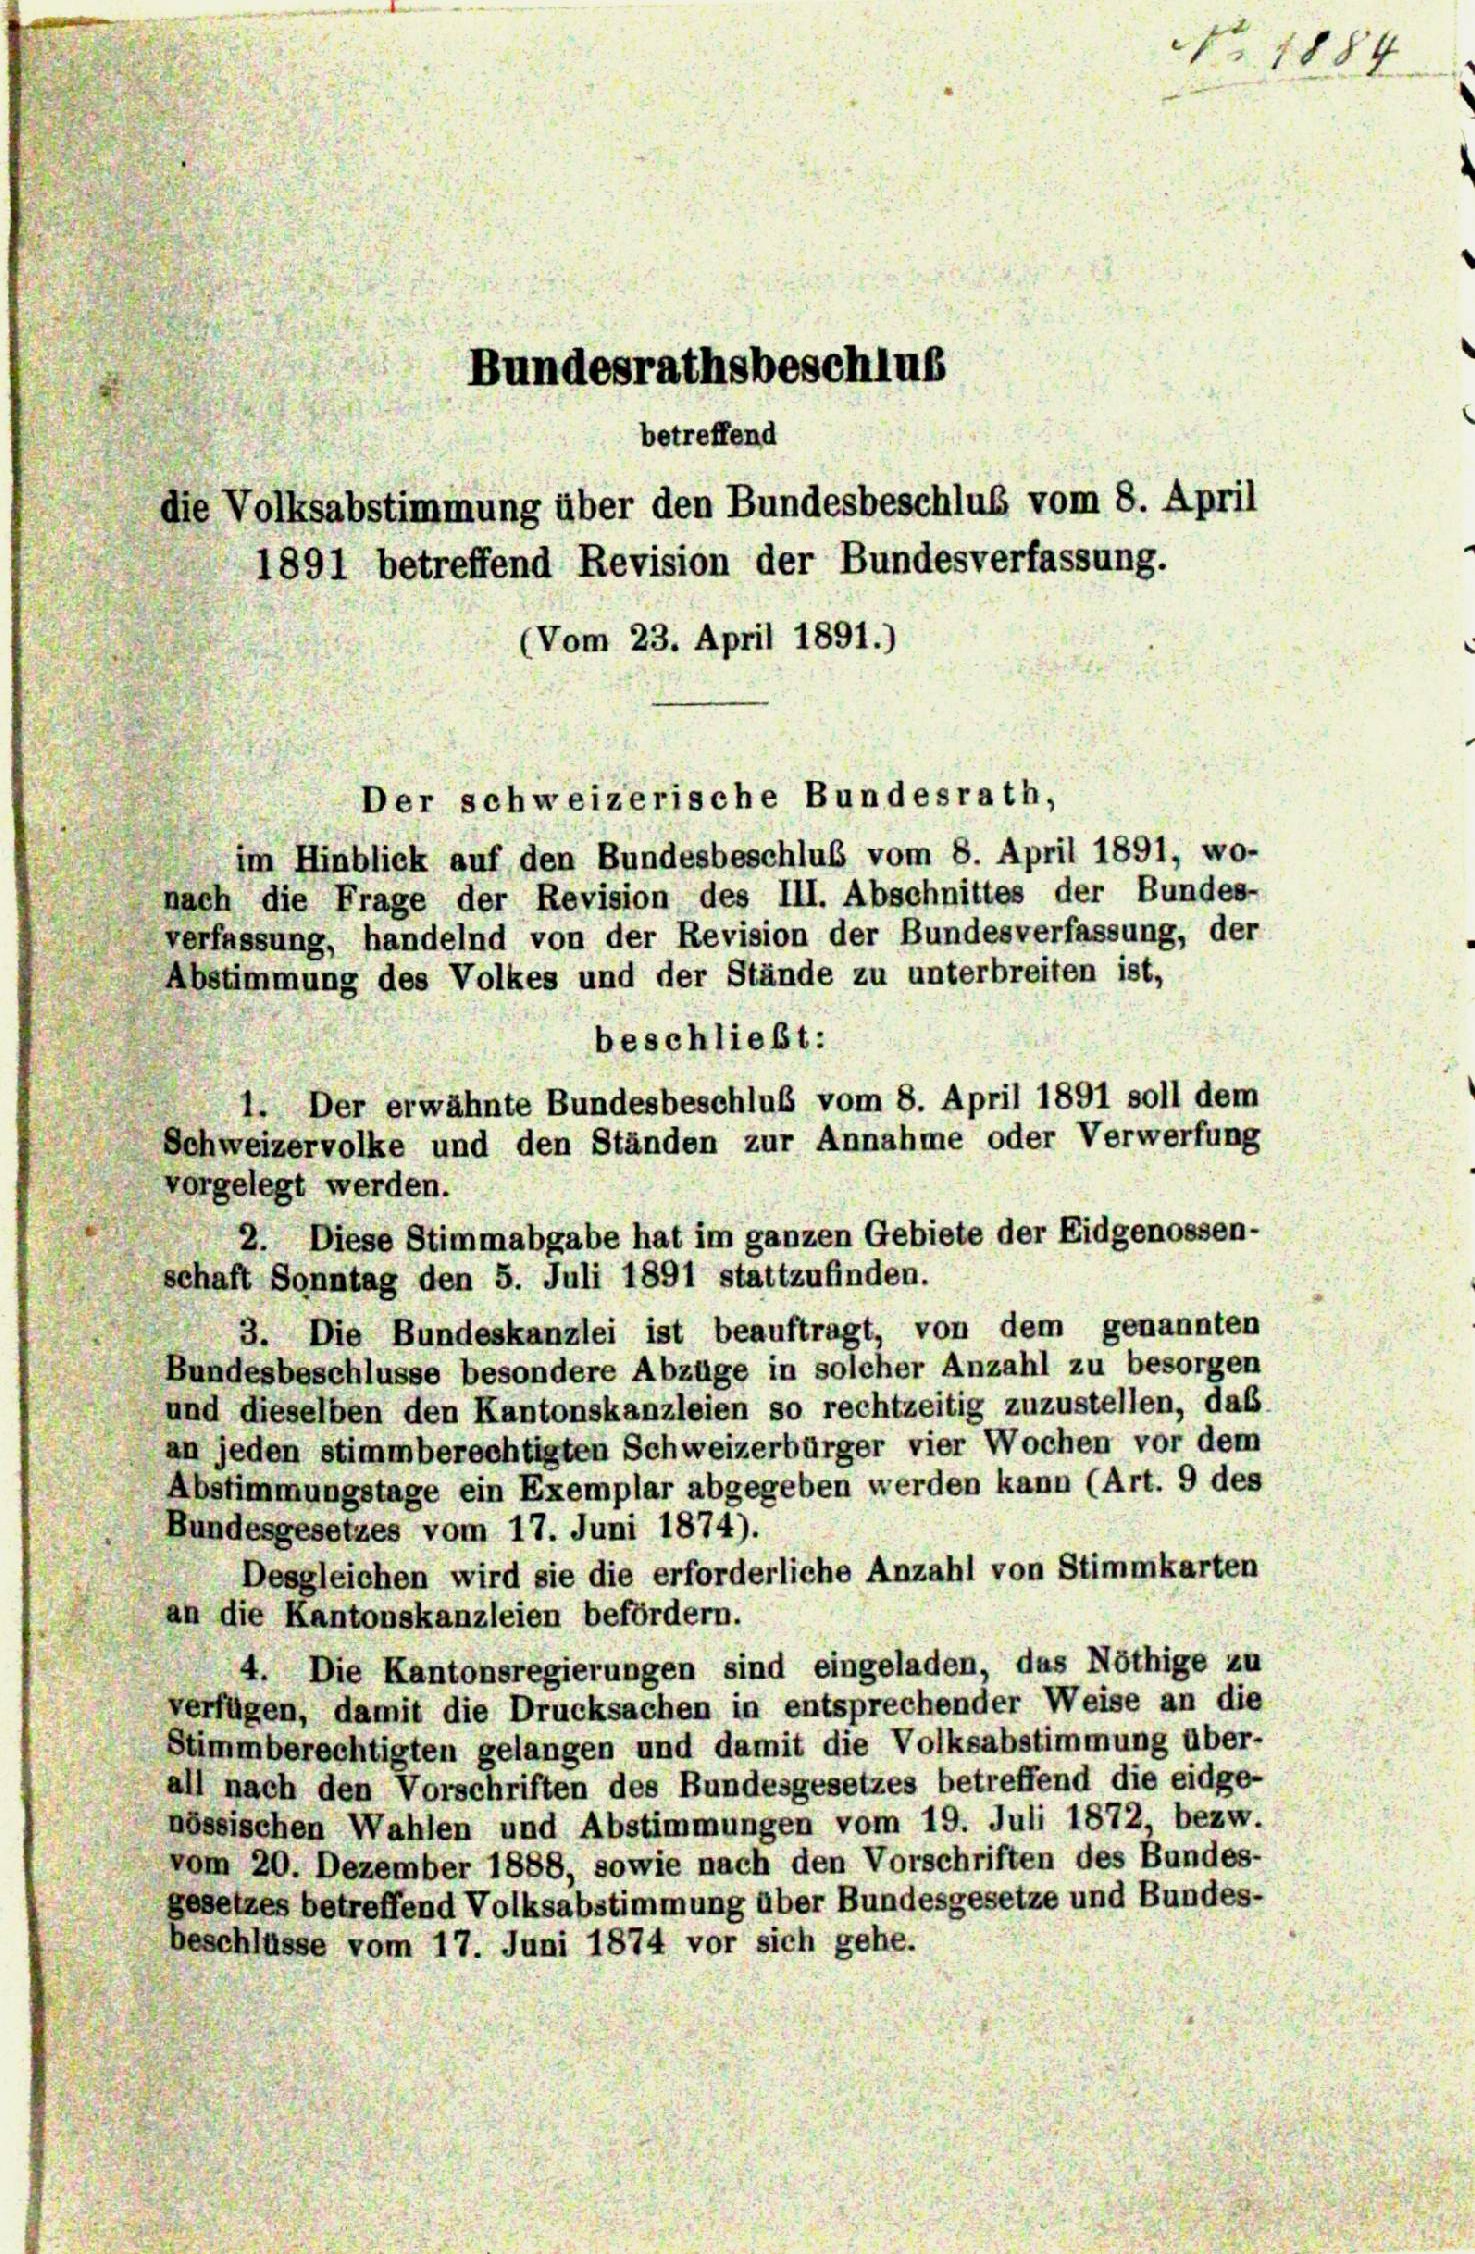
im Hinblick auf den Bundesbeschluß vom 8. April 1891, wo-
nach die Frage der Revision des III. Abschnittes der Bundes-
verfassung, handelnd von der Revision der Bundesverfassung, der
Abstimmung des Volkes und der Stände zu unterbreiten ist,
beschließt:
3. Die Bundeskanzlei ist beauftragt, von dem genannten
Bundesbeschlüsse besondere Abzüge in solcher Anzahl zu besorgen
und dieselben den Kantonskanzleien so rechtzeitig zuzustellen, das
an jeden stimmberechtigten Schweizerbürger vier Wochen vor dem
Abstimmungstage ein Exemplar abgegeben werden kann (Art. 9 des
Bundesgesetzes vom 17. Juni 1874).
Desgleichen wird sie die erforderliche Anzahl von Stimmkarten
an die Kantonskanzleien befördern.
4. Die Kantonsregierungen sind eingeladen, das Nöthige zu
verfügen, damit die Drucksachen in entsprechender Weise an die
Stimmberechtigten gelangen und damit die Volksabstimmung über-
all nach den Vorschriften des Bundesgesetzes betreffend die eidge-
nössischen Wahlen und Abstimmungen vom 19. Juli 1872, bezw.
vom 20. Dezember 1888, sowie nach den Vorschriften des Bundes-
gesetzes betreffend Volksabstimmung über Bundesgesetze und Bundes-
beschlüsse vom 17. Juni 1874 vor sich gehe.

Bundesrathsbeschlus
betreffend
die Volksabstimmung über den Bundesbeschluß vom 8. April
1891 betreffend Revision der Bundesverfassung.
(Vom 23. April 1891.)

1. Der erwähnte Bundesbeschluß vom 8. April 1891 soll dem
Schweizervolke und den Ständen zur Annahme oder Verwerfung
vorgelegt werden.
2. Diese Stimmabgabe hat im ganzen Gebiete der Eidgenossen-
schaft Sonntag den 5. Juli 1891 stattzufinden.

Der schweizerische Bundesrath,

No. 1884